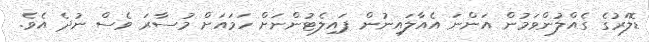
ޑޮލަރުގެ ގެއްލުންވަމުން އަންނަ އެއާލައިނުން ޕައިލެޓުންނަށް ހަމައަށް މުސާރަ ވެސް ނުދެ އެވެ.